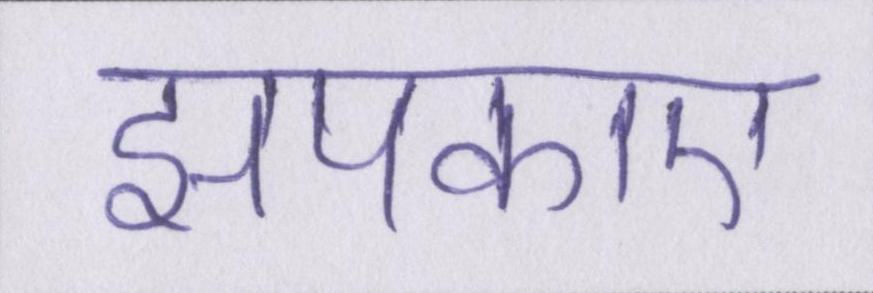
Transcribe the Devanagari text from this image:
झपकाए